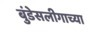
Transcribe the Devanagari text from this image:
बुंडेसलीगाच्या